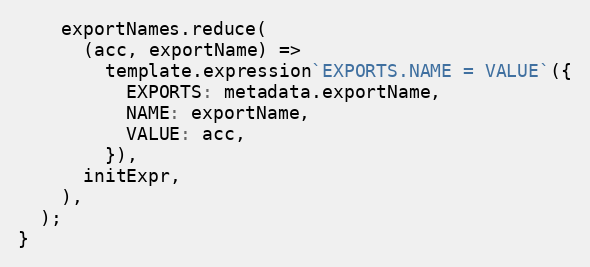
Language: JavaScript
    exportNames.reduce(
      (acc, exportName) =>
        template.expression`EXPORTS.NAME = VALUE`({
          EXPORTS: metadata.exportName,
          NAME: exportName,
          VALUE: acc,
        }),
      initExpr,
    ),
  );
}